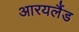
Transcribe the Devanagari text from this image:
आरयलैंड